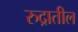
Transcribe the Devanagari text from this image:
रुद्रातील